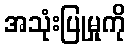
အသုံးပြုမှုကို